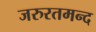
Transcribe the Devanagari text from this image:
जरुरतमन्द